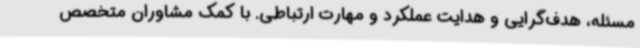
مسئله، هدف‌گرایی و هدایت عملکرد و مهارت ارتباطی. با کمک مشاوران متخصص